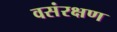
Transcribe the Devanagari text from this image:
वसंरक्षण